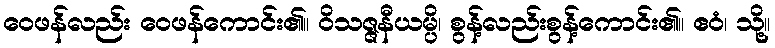
ဝေဖန်လည်း ဝေဖန်ကောင်း၏။ ဝိသဇ္ဇနီယမ္ပိ၊ စွန့်လည်းစွန့်ကောင်း၏။ ဧဝံ၊ သို့။